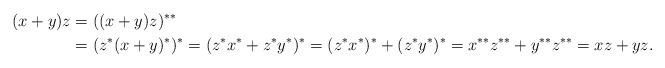
LaTeX: \begin{align*}(x+y)z &= ((x+y)z)^{**} \\&= (z^*(x+y)^*)^*= (z^*x^* + z^*y^*)^* = (z^*x^*)^* + (z^*y^*)^* = x^{**}z^{**} + y^{**}z^{**} = xz+yz.\end{align*}